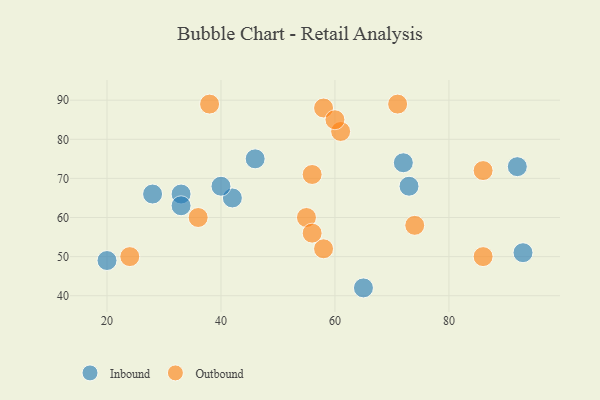
{"axis": {"x": "GDP", "y": "Life Expectancy"}, "legend": ["Inbound", "Outbound"], "data": [{"x": "33", "y": 66, "type": "Inbound"}, {"x": "28", "y": 66, "type": "Inbound"}, {"x": "42", "y": 65, "type": "Inbound"}, {"x": "72", "y": 74, "type": "Inbound"}, {"x": "92", "y": 73, "type": "Inbound"}, {"x": "20", "y": 49, "type": "Inbound"}, {"x": "65", "y": 42, "type": "Inbound"}, {"x": "46", "y": 75, "type": "Inbound"}, {"x": "40", "y": 68, "type": "Inbound"}, {"x": "73", "y": 68, "type": "Inbound"}, {"x": "93", "y": 51, "type": "Inbound"}, {"x": "33", "y": 63, "type": "Inbound"}, {"x": "38", "y": 89, "type": "Outbound"}, {"x": "86", "y": 72, "type": "Outbound"}, {"x": "55", "y": 60, "type": "Outbound"}, {"x": "58", "y": 88, "type": "Outbound"}, {"x": "74", "y": 58, "type": "Outbound"}, {"x": "61", "y": 82, "type": "Outbound"}, {"x": "60", "y": 85, "type": "Outbound"}, {"x": "58", "y": 52, "type": "Outbound"}, {"x": "56", "y": 71, "type": "Outbound"}, {"x": "86", "y": 50, "type": "Outbound"}, {"x": "71", "y": 89, "type": "Outbound"}, {"x": "56", "y": 56, "type": "Outbound"}, {"x": "24", "y": 50, "type": "Outbound"}, {"x": "36", "y": 60, "type": "Outbound"}]}